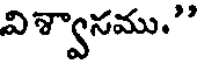
విశ్వానము."